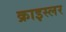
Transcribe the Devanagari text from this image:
क्राइस्लर